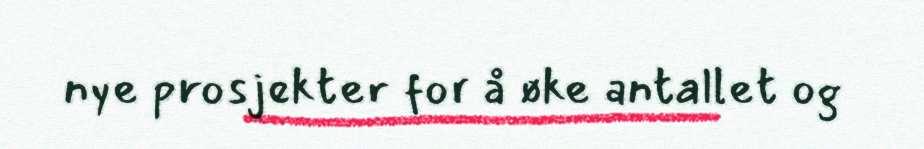
nye prosjekter for å øke antallet og